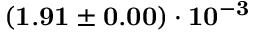
\mathbf { ( 1 . 9 1 \pm 0 . 0 0 ) \cdot 1 0 ^ { - 3 } }